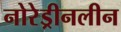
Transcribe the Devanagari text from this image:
नोरेड्रीनलीन